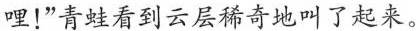
哩！”青蛙看到云层稀奇地叫了起来。